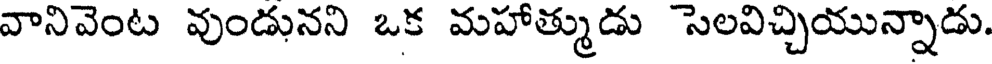
వానివెంట వుండునని ఒక మహాత్ముడు సెలవిచ్చియున్నాడు.